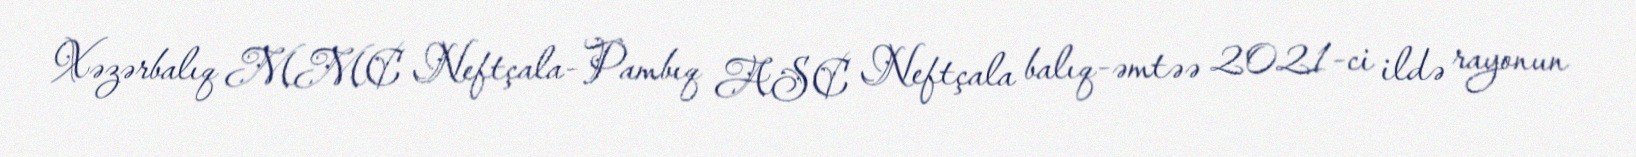
Xəzərbalıq MMC Neftçala-Pambıq ASC Neftçala balıq-əmtəə 2021-ci ildə rayonun